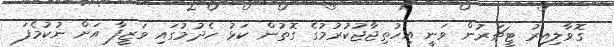
ގޮވާލިއިރު ޓީޗަރުން ވަނީ އިހުތިޖާޖުކުރުމުގެ ގޮތުން ކަޅު ހެދުމުގައި ވަޒީފާ އަށް ނުކުމެފަ